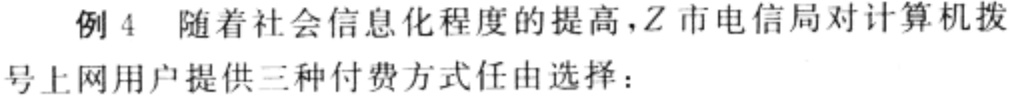
例 4 随着社会信息化程度的提高，$Z$市电信局对计算机拨号上网用户提供三种付费方式任由选择：